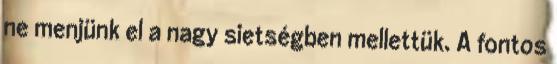
ne menjünk el a nagy sietségben mellettük. A fontos